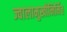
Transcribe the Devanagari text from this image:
ज्वालामुखीनिर्मित